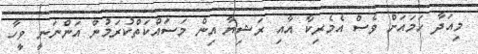
މިއަދާ ހަމައަށް ވެސް އެމެރިކާ އާއި ރަޝިޔާ އިން މަސައްކަތްކުރަމުން އަންނަނީ ވީހާ